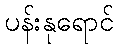
ပန်းနုရောင်